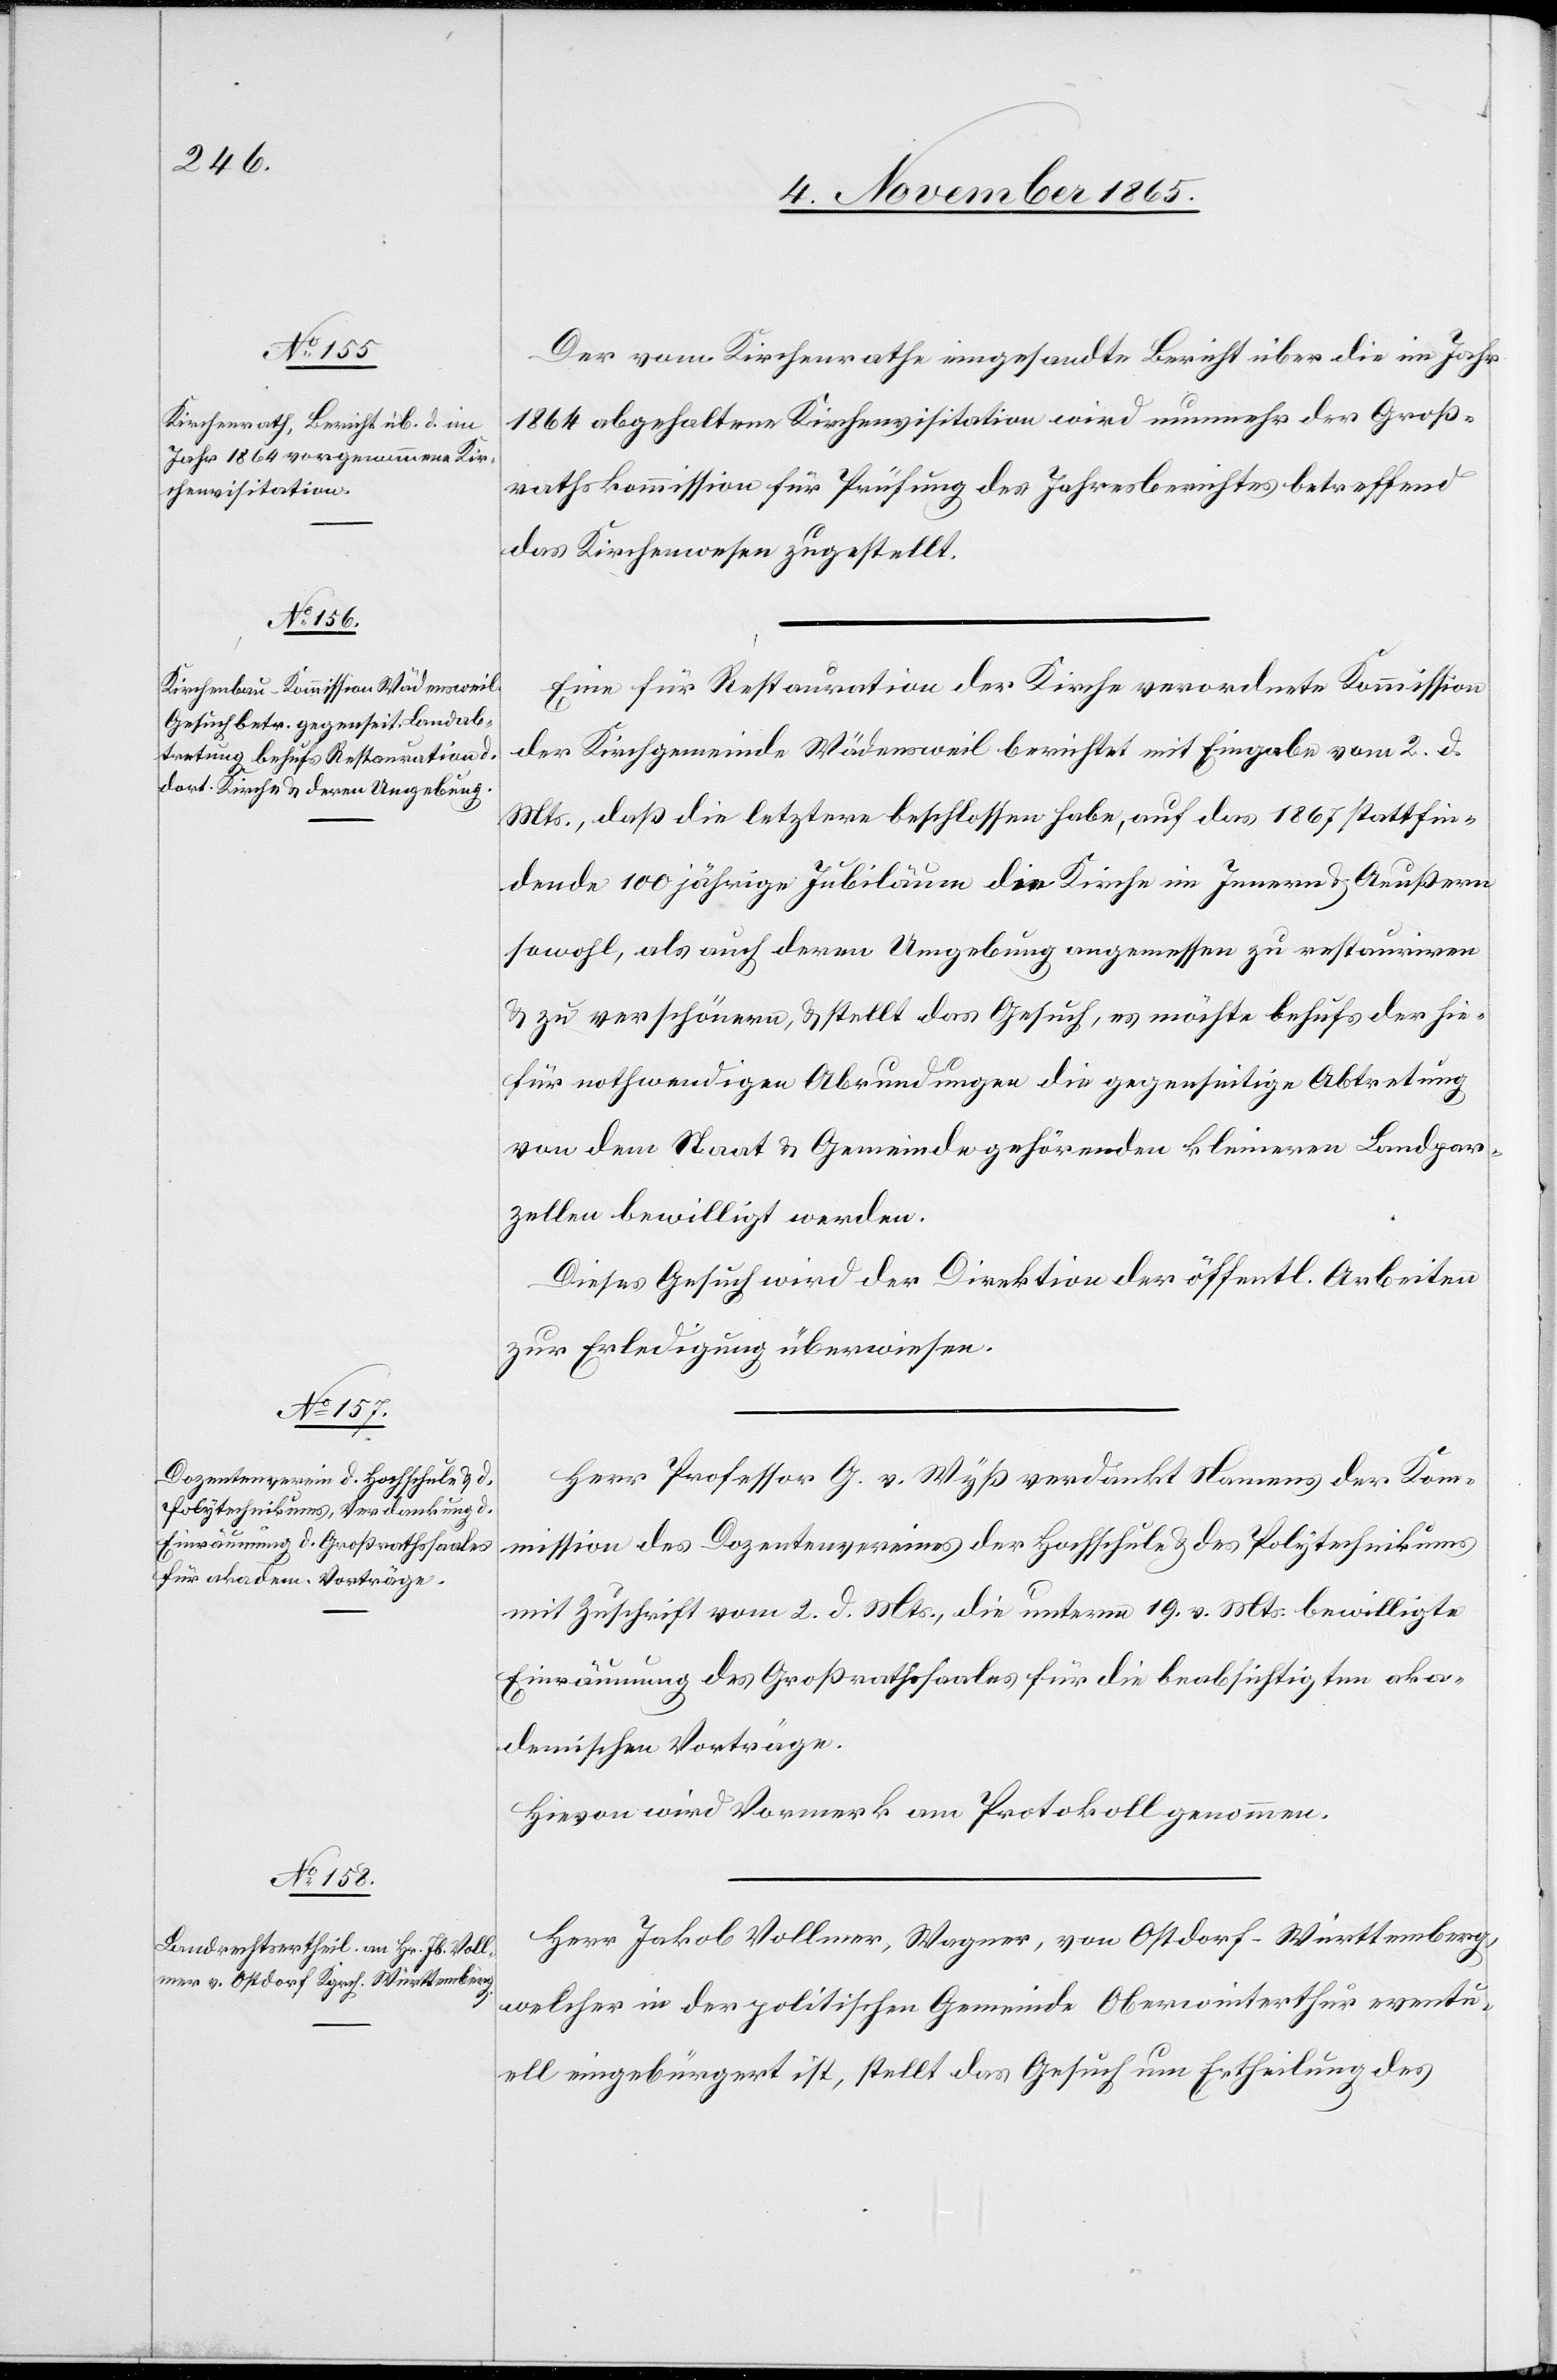
Der vom Kirchenrathe eingesandte Bericht über die im Jahr
1864 abgehaltene Kirchenvisitation wird nunmehr der Groß¬
rathskommission für Prüfung des Jahresberichtes betreffend
das Kirchenwesen zugestellt.
Eine für Restauration der Kirche verordnete Kommission
der Kirchgemeinde Wädensweil berichtet mit Eingabe vom 2. d.
Mts., daß die letztere beschlossen habe, auf das 1867 stattfin¬
dende 100 jährige Jubiläum die Kirche im Innern & Aeußern
sowohl, als auch deren Umgebung angemessen zu restauriren
& zu verschönern, & stellt das Gesuch, es möchte behufs der hie¬
für nothwendigen Abrundungen die gegenseitige Abtretung
von dem Staat & Gemeinde gehörenden kleinern Landpar¬
zellen bewilligt werden.
Dieses Gesuch wird der Direktion der öffentl. Arbeiten
zur Erledigung überwiesen.
Herr Professor G. v. Wyß verdankt Namens der Ko¬
mmission des Dozentenvereines der Hochschule & des Polytechnikums
mit Zuschrift vom 2. d. Mts., die unterm 19. v. Mts. bewilligte
Einräumung des Großrathssaales für die beabsichtigten aka¬
demischen Vorträge.
Hievon wird Vormerk am Protokoll genommen.
Herr Jakob Vollmer, Wagner, von Ostdorf - Württemberg,
welcher in der politischen Gemeinde Oberwinterthur eventu¬
ell eingebürgert ist, stellt das Gesuch um Ertheilung des